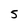
Character: 5